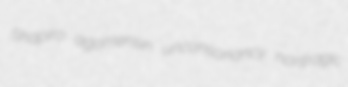
Shapiro agomensin unconsonancy nontragic